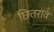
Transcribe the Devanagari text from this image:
छितराव